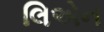
લિએન